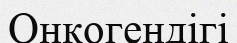
Онкогендігі